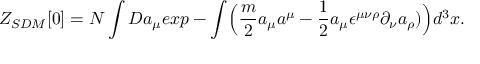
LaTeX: Z _ { S D M } [ 0 ] = { \cal N } \int { \cal D } a _ { \mu } e x p - \int \Bigl ( { \frac { m } { 2 } } a _ { \mu } a ^ { \mu } - { \frac { 1 } { 2 } } a _ { \mu } \epsilon ^ { \mu \nu \rho } \partial _ { \nu } a _ { \rho } ) \Bigr ) d ^ { 3 } x .